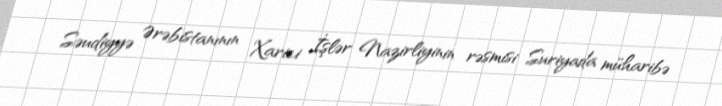
Səudiyyə Ərəbistanının Xarici İşlər Nazirliyinin rəsmisi Suriyada müharibə